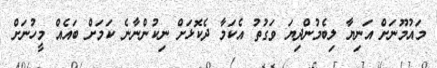
މައުމޫނަށް އަނިޔާ ލިބެމުންދިޔަ ވަގުތު އެކަމާ ދެކޮޅަށް ނިކުންނާނެ ކަމަށް ބައެއް މީހުނަށް